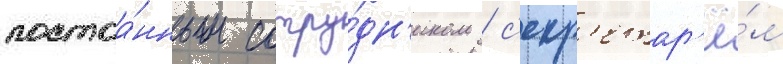
постоа́нным сотру́дн'иком / с'екр'етар'ё́м